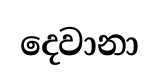
දෙවානා